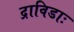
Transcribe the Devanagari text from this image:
द्राविडाः